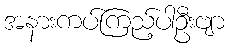
အနားကပ်ကြည့်ပါဦးဗျာ